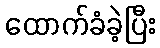
ထောက်ခံခဲ့ပြီး